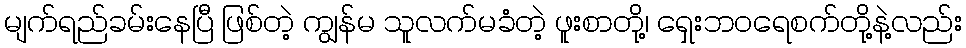
မျက်ရည်ခမ်းနေပြီ ဖြစ်တဲ့ ကျွန်မ သူလက်မခံတဲ့ ဖူးစာတို့၊ ရှေးဘဝရေစက်တို့နဲ့လည်း